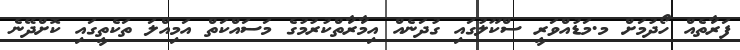
ފަރާތެއް ހޯދުމަށް މ.މަޑުއްވަރީ ސްކޫލުގައި ގުދަނެއް އިމާރާތްކުރުމުގެ މަސައްކަތް އަމިއްލަ ތަކެތީގައި ކޮށްދޭނެ